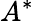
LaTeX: A^{*}